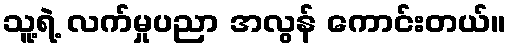
သူ့ရဲ့ လက်မှုပညာ အလွန် ကောင်းတယ်။